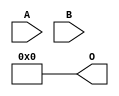
// This program was cloned from: https://github.com/ehw-fit/evoapproxlib
// License: MIT License

/***
* This code is a part of EvoApproxLib library (ehw.fit.vutbr.cz/approxlib) distributed under The MIT License.
* When used, please cite the following article(s): V. Mrazek, L. Sekanina, Z. Vasicek "Libraries of Approximate Circuits: Automated Design and Application in CNN Accelerators" IEEE Journal on Emerging and Selected Topics in Circuits and Systems, Vol 10, No 4, 2020 
* This file contains a circuit from a sub-set of pareto optimal circuits with respect to the pwr and mse parameters
***/
// MAE% = 18.68 %
// MAE = 191 
// WCE% = 74.71 %
// WCE = 765 
// WCRE% = 100.00 %
// EP% = 74.71 %
// MRE% = 100.00 %
// MSE = 76011 
// PDK45_PWR = 0.000 mW
// PDK45_AREA = 0.0 um2
// PDK45_DELAY = 0.00 ns

module mul8x2u_0NG (
    A,
    B,
    O
);

input [7:0] A;
input [1:0] B;
output [9:0] O;
assign O[9] = 1'b0;
assign O[8] = 1'b0;
assign O[7] = 1'b0;
assign O[6] = 1'b0;
assign O[5] = 1'b0;
assign O[4] = 1'b0;
assign O[3] = 1'b0;
assign O[2] = 1'b0;
assign O[1] = 1'b0;
assign O[0] = 1'b0;

endmodule